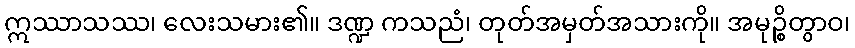
ဣဿာသဿ၊ လေးသမား၏။ ဒဏ္ဍ ကသညံ၊ တုတ်အမှတ်အသားကို။ အမုဉ္စိတွာဝ၊